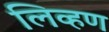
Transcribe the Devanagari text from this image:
लिव्हण